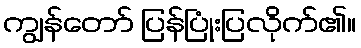
ကျွန်တော် ပြန်ပြုံးပြလိုက်၏။